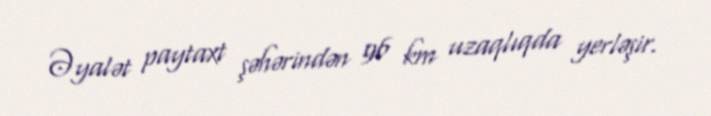
Əyalət paytaxt şəhərindən 96 km uzaqlıqda yerləşir.